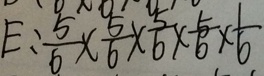
E : \frac { 5 } { 6 } \times \frac { 5 } { 6 } \times \frac { 5 } { 6 } \times \frac { 5 } { 6 } \times \frac { 1 } { 6 }